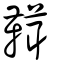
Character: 䩸